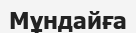
Мұндайға